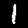
Digit: 1